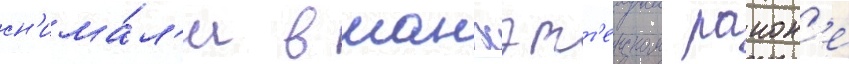
сн'има́л'и в манхэтт'енском раион'е